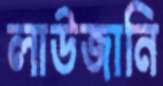
লাউজানি